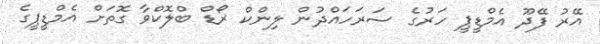
އޭރު ފޭދޫ އެމްޑީޕީ ހަރުގެ ސަރަހައްދުން ލިންކް ރޯޑް ބްލޮކްވާ ގޮތަށް އެމްޑީޕީގެ